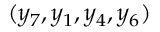
( y _ { 7 } , y _ { 1 } , y _ { 4 } , y _ { 6 } )